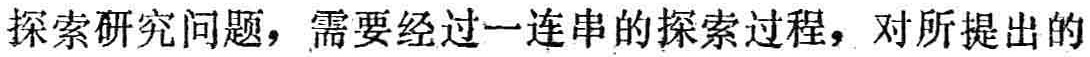
探索研究问题，需要经过一连串的探索过程，对所提出的